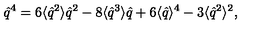
\hat { q } ^ { 4 } = 6 \langle \hat { q } ^ { 2 } \rangle \hat { q } ^ { 2 } - 8 \langle \hat { q } ^ { 3 } \rangle \hat { q } + 6 \langle \hat { q } \rangle ^ { 4 } - 3 \langle \hat { q } ^ { 2 } \rangle ^ { 2 } ,